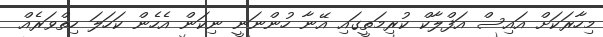
މިހާރަކަށް އައިސް އަފްލާކް ކުރިމަތީގައި އޭނާ ހުންނަނީ ނިކަން އެހެން ކަހަލަ ހިތްވަރެއް